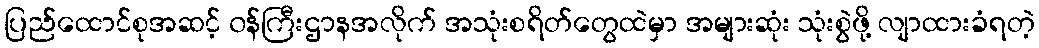
ပြည်ထောင်စုအဆင့် ၀န်ကြီးဌာနအလိုက် အသုံးစရိတ်တွေထဲမှာ အများဆုံး သုံးစွဲဖို့ လျာထားခံရတဲ့